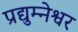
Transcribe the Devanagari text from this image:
प्रद्युम्नेश्वर